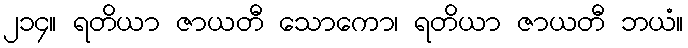
၂၁၄။ ရတိယာ ဇာယတီ သောကော၊ ရတိယာ ဇာယတီ ဘယံ။